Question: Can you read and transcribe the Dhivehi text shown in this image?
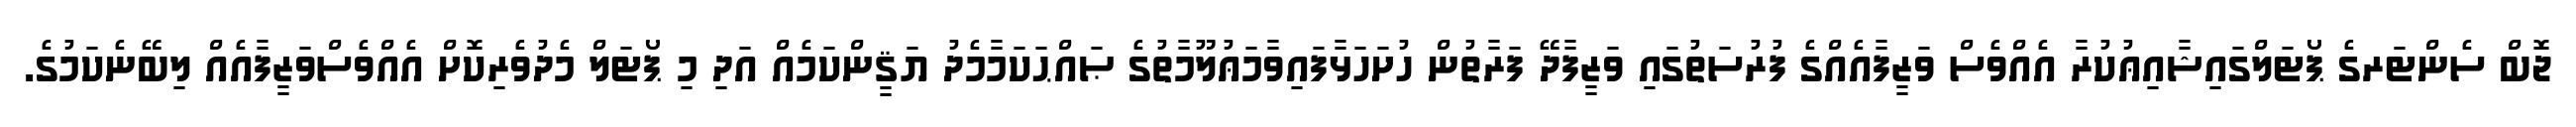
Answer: ޖޮބް ސެންޓަރގެ ޕޯޓަލްގައިޝާއިޢުކުރާ އެއްވެސް ވަޒީފާއެއްގެ ފުރުސަތުގައި ވަޒީފާދޭ ފަރާތުން ހުށަހަޅާފައިވާމަޢުލޫމާތުގެ ޞައްޙަކަމާމެދު ޔަޤީންކަމެއް އަދި މި ޕޯޓަލް މެދުވެރިކޮށް އެއްވެސްވަޒީފާއެއް ލިބޭނެކަމުގެ.